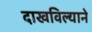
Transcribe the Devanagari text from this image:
दाखविल्याने